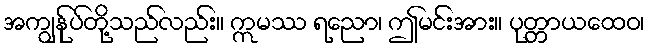
အကျွန်ုပ်တို့သည်လည်း။ ဣမဿ ရညော၊ ဤမင်းအား။ ပုတ္တာယထေဝ၊